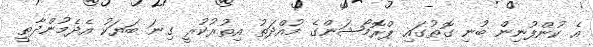
އެ ކުންފުނިން ބުނި ގޮތުގައި ޕްރޮމޯޝަންގެ މުއްދަތު އިތުރުކުރީ ގިނަ ބަޔަކު އެދެމުންދާތީ